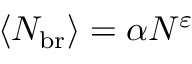
\langle N _ { \mathrm { b r } } \rangle = \alpha N ^ { \varepsilon }